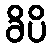
ခိပိ